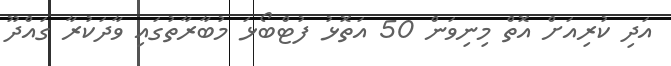
އަދި ކުރިއަށް އޮތް މިނިވަން 50 އަތޮޅު ފުޓްބޯޅަ މުބާރާތުގައި ވާދަކުރާ ގައްދޫ